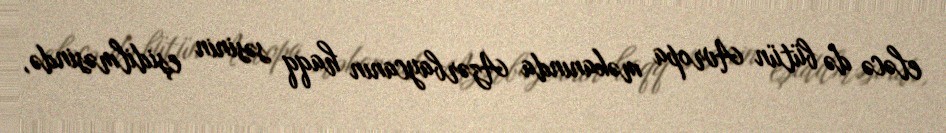
eləcə də bütün Avropa məkanında Azərbaycanın haqq səsinin eşidilməsində,